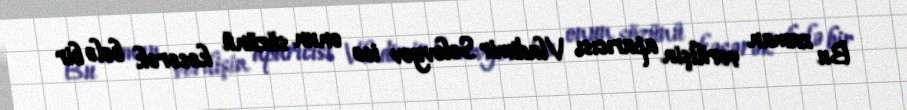
Bu zaman verilişin aparıcısı Vladimir Solovyov isə onun sözünü kəsərək belə bir